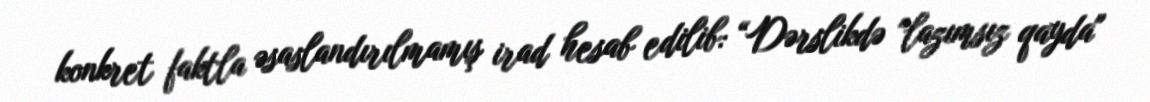
konkret faktla əsaslandırılmamış irad hesab edilib: “Dərslikdə "lazımsız qayda"